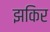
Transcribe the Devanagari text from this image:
झकिर